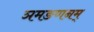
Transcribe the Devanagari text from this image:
ञमङणनम्